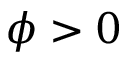
\phi > 0